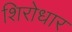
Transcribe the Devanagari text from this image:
शिरोधार